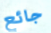
جائع